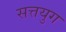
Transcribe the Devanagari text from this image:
सत्तयुग